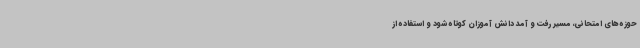
حوزه های امتحانی، مسیر رفت و آمد دانش آموزان کوتاه شود و استفاده از